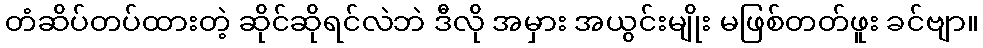
တံဆိပ်တပ်ထားတဲ့ ဆိုင်ဆိုရင်လဲဘဲ ဒီလို အမှား အယွင်းမျိုး မဖြစ်တတ်ဖူး ခင်ဗျာ။